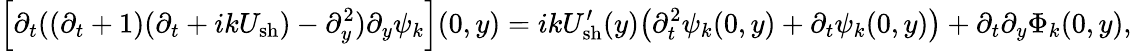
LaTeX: \Big[\partial_{t}((\partial_{t}+1)(\partial_{t}+ikU_{\mathrm{sh}})-\partial_{y}^{2})\partial_{y}\psi_{k}\Big](0,y)=ikU_{\mathrm{sh}}^{\prime}(y)\big(\partial_{t}^{2}\psi_{k}(0,y)+\partial_{t}\psi_{k}(0,y)\big)+\partial_{t}\partial_{y}\Phi_{k}(0,y),